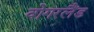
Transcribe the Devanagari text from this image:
वोगरलैंड